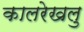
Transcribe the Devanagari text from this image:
कालरेखलु